Voru_kinnistusamet, lk 8
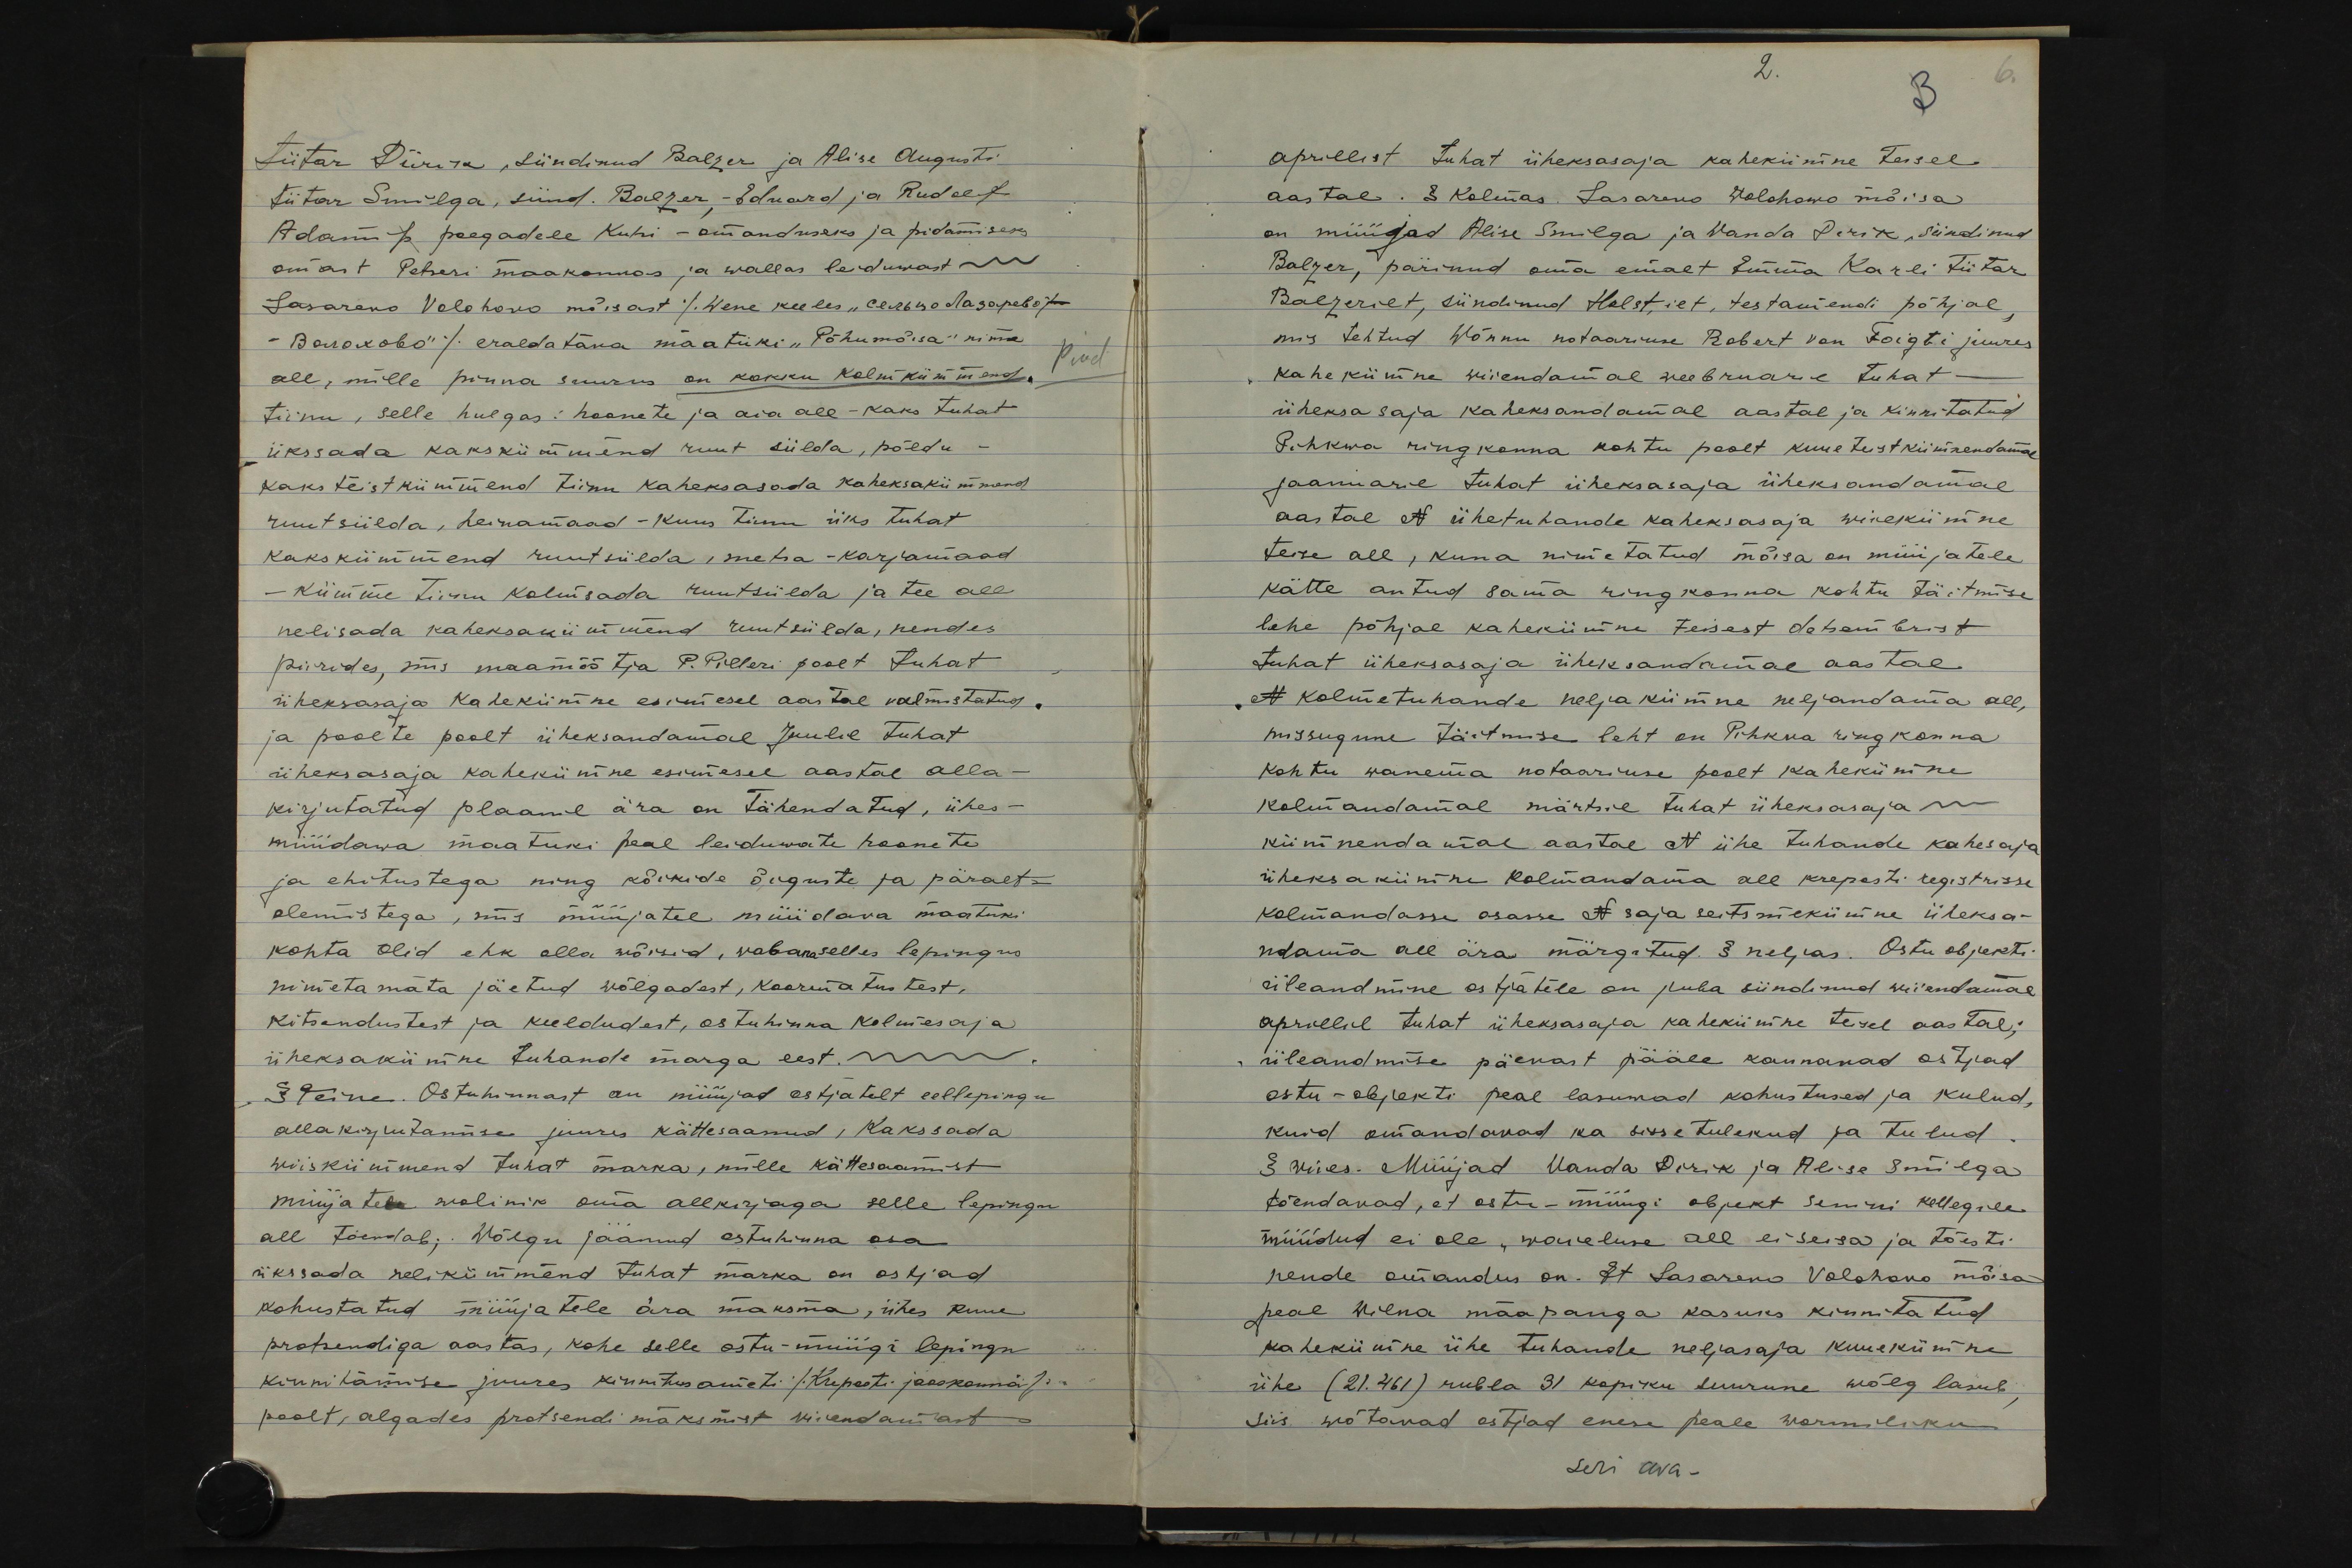
tütar Piirik, sündinud Balzer ja Alise Augusti
tütar Smilga, sünd. Balzer, - Eduard ja Rudolf
Adam poegadele Kuhi - omanduseks ja pidamiseks
omast Petseri maakonnas ja wallas leiduwast
Lasarevo Volohovo mõisast / Wene keeles "сельцо Лазарево
- Волоxово" / eraldatäva maatüki "Põhu mõisa" nime
all, mille pinna suurus on kokku kolmkümmend
tiinu, selle hulgas: hoonete ja aia all - kaks tuhat
ükssada kakskümmend ruut sülda, põldu-
kaksteistkümmend tiinu kaheksasada kaheksakümmend
ruut sülda, heinamaad - kuus tiinu üks tuhat
kakskümmend ruutsülda, metsa-karjamaad
- kümme tiinu kolmsada ruutsülda ja tee all
nelisada kaheksankümmend ruutsülda, nendes
piirides, siis maamõõtja P. Pilleri poolt tuhat
üheksasaja kahekümne esimesel aastal valmistatud
ja poolte poolt üheksandamal Juulil tuhat
üheksasaja kahekümne esimesel aastal alla-
kirjutatud plaanil ära on tähendatud, ühes-
müüdawa maatüki peal leiduwate hoonete
ja ehitustega ning kõikide õiguste ja päralt-
olemistega, mis müüjatel müüdava maatüki
kohta olid ehk olla wõisid, wabana selles lepingus
nimetamata jäetud wõlgadest, koormatustest.
kitsendustest ja keeldudest, ostuhinna kolmesaja
üheksakümne tuhande marga eest.
§ Teine. Ostuhinnast on müüjad ostjatelt eellepingu
allakirjutamise juures kättesaanud, Kakssada
wiiskümmend tuhat marka, mille kättesaamist
müüjatele wolinik oma allkirjaga selle lepingu
all tõendab; Wõlgu jäänud ostuhinna osa
ükssada nelikümmend tuhat marka on ostjad
kohustatud müüjatele ära maksma, ühes kuue
protsendiga aastas, kohe selle ostu-müügi lepingu
kinnitamise juures kinnitusameti / Kreposti jaoskonna /
poolt, algades protsendi maksmist wiiendamast

2.
3
6.
aprillist tuhat üheksasaja kahekümne Teisel
aastal. § Kolmas. Lasarevo Wolohowo mõisa
on müüjad Alise Smilga ja Wanda Perik, sündinud
Balzer, pärinud oma emalt Emma Karli tütar
Balzerilt, sündinud Holst,iet, testamendi põhjal,
mis tehtud Wõnnu notaariuse Robert von Foigti juures
kahekümne wiiendamal weebruaril tuhat-
üheksa saja kaheksandamal aastal ja kinnitatud
Pihkwa ringkonna kohtu poolt kuueteistkümnendamal
jaanuaril tuhat üheksasaja üleksandamal
aastal N ühetuhande kaheksasaja wiiekümne
teise all, kuna nimetatud mõisa on müüjatele
kätte antud sama ringkonna kohtu täitmise
lehe põhjal kahekümne teisest detsembrist
tuhat üheksasaja üheksandamal aastal
N kolmetuhande neljakümne neljandama all,
missugune täitmise leht on Pihkva ringkonna
kohtu wanema notaariuse poolt kahekümne
kolmandamal märtsil tuhat üheksasaja
kümnendamal aastal N ühe tuhande kahesaja
üheksakümne kolmandama all kreposti registrisse
kolmandasse osasse N saja seitsmekümne üheksa-
ndama all ära märgitud. § neljas. Ostu objekti
üleandmine ostjatele on juba sündinud wiiendamal
aprillil tuhat üheksasaja kahekümne teisel aastal;
üleandmise päewast pääle kannavad ostjad
ostu - objekti peal lasuwad kohustused ja kulud,
kuid omandavad ka sissetulekud ja tulud.
§ wiies. Müüjad Vanda Pirik ja Alise Smilga
tõendavad, et ostu-müügi objekt senini kellegile
müüdud ei ole, waieluse all ei seisa ja tõesti
nende omandus on. Et Lasareno Volohovo mõisa
peal Wilna maapanga kasuks kinnitatud
kahekümne ühe tuhande neljasaja kuuekümne
ühe (21.461) rubla 31 kopiku suurune wõlg lasub,
siis wõtavad ostjad enese peale wormiliku
seri ava.